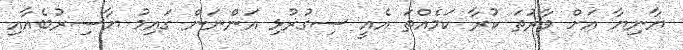
ޔާނިޔާ އަށް ވާރުތަ ކުރާ ކަމެއްތަ އެއީ ސިގުޜުޅި އަންނަން ގައިމު ޔާސިރުބެއާއި